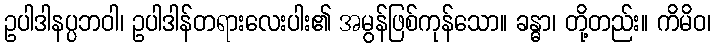
ဥပါဒါနပ္ပဘဝါ၊ ဥပါဒါန်တရားလေးပါး၏ အမွန်ဖြစ်ကုန်သော။ ခန္ဓာ၊ တို့တည်း။ ကိမိဝ၊